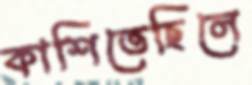
কাশিতেছিলে